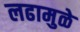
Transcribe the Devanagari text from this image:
लढामुळे